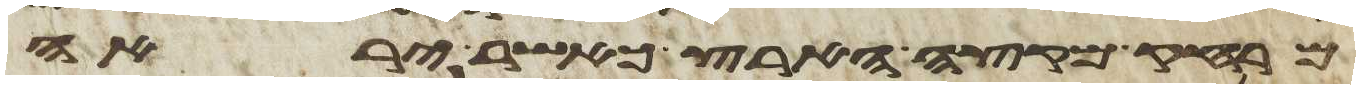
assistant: מרחק מקצה הארץ כאשר יראה